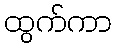
ထွက်ကာ